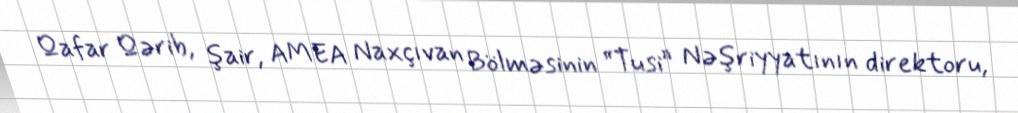
Qafar Qərib, şair, AMEA Naxçıvan Bölməsinin “Tusi” Nəşriyyatının direktoru,